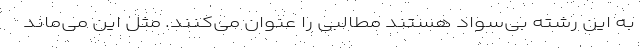
به این رشته بی‌سواد هستند مطالبی را عنوان می‌کنند. مثل این می‌ماند